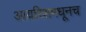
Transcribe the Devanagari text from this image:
आयरिशमधूनच